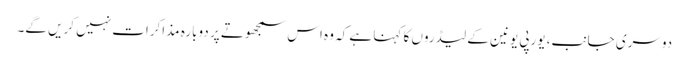
دوسری جانب، یورپی یونین کے لیڈروں کا کہنا ہے کہ وہ اس سمجھوتے پر دوبارہ مذاکرات نہیں کریں گے۔